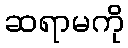
ဆရာမကို